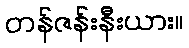
တန်ဇန်းနီးယား။